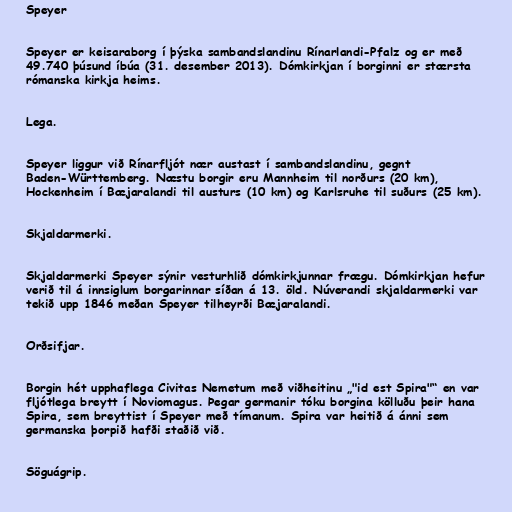
Speyer

Speyer er keisaraborg í þýska sambandslandinu Rínarlandi-Pfalz og er með
49.740 þúsund íbúa (31. desember 2013). Dómkirkjan í borginni er stærsta
rómanska kirkja heims.

Lega.

Speyer liggur við Rínarfljót nær austast í sambandslandinu, gegnt
Baden-Württemberg. Næstu borgir eru Mannheim til norðurs (20 km),
Hockenheim í Bæjaralandi til austurs (10 km) og Karlsruhe til suðurs (25 km).

Skjaldarmerki.

Skjaldarmerki Speyer sýnir vesturhlið dómkirkjunnar frægu. Dómkirkjan hefur
verið til á innsiglum borgarinnar síðan á 13. öld. Núverandi skjaldarmerki var
tekið upp 1846 meðan Speyer tilheyrði Bæjaralandi.

Orðsifjar.

Borgin hét upphaflega Civitas Nemetum með viðheitinu „"id est Spira"“ en var
fljótlega breytt í Noviomagus. Þegar germanir tóku borgina kölluðu þeir hana
Spira, sem breyttist í Speyer með tímanum. Spira var heitið á ánni sem
germanska þorpið hafði staðið við.

Söguágrip.